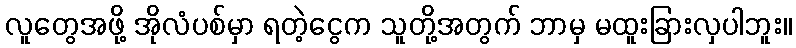
လူတွေအဖို့ အိုလံပစ်မှာ ရတဲ့ငွေက သူတို့အတွက် ဘာမှ မထူးခြားလှပါဘူး။